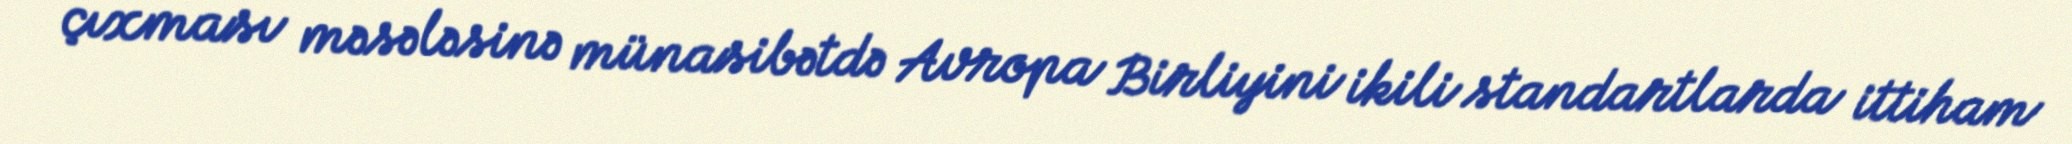
çıxması məsələsinə münasibətdə Avropa Birliyini ikili standartlarda ittiham